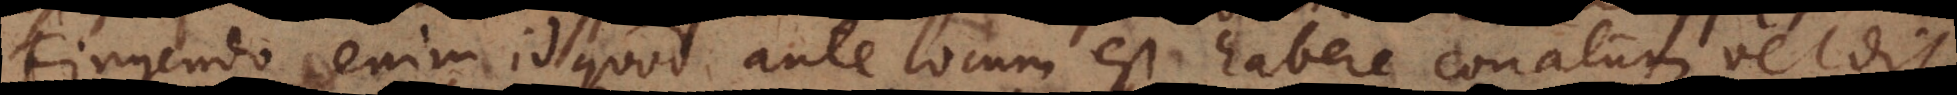
Fingendo enim id quod ante locum est, habere conatum vel disp